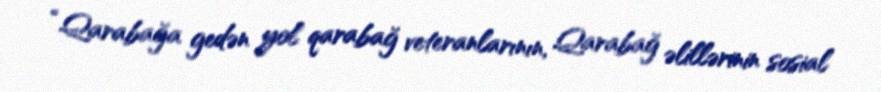
“Qarabağa gedən yol qarabağ veteranlarının, Qarabağ əlillərinin sosial